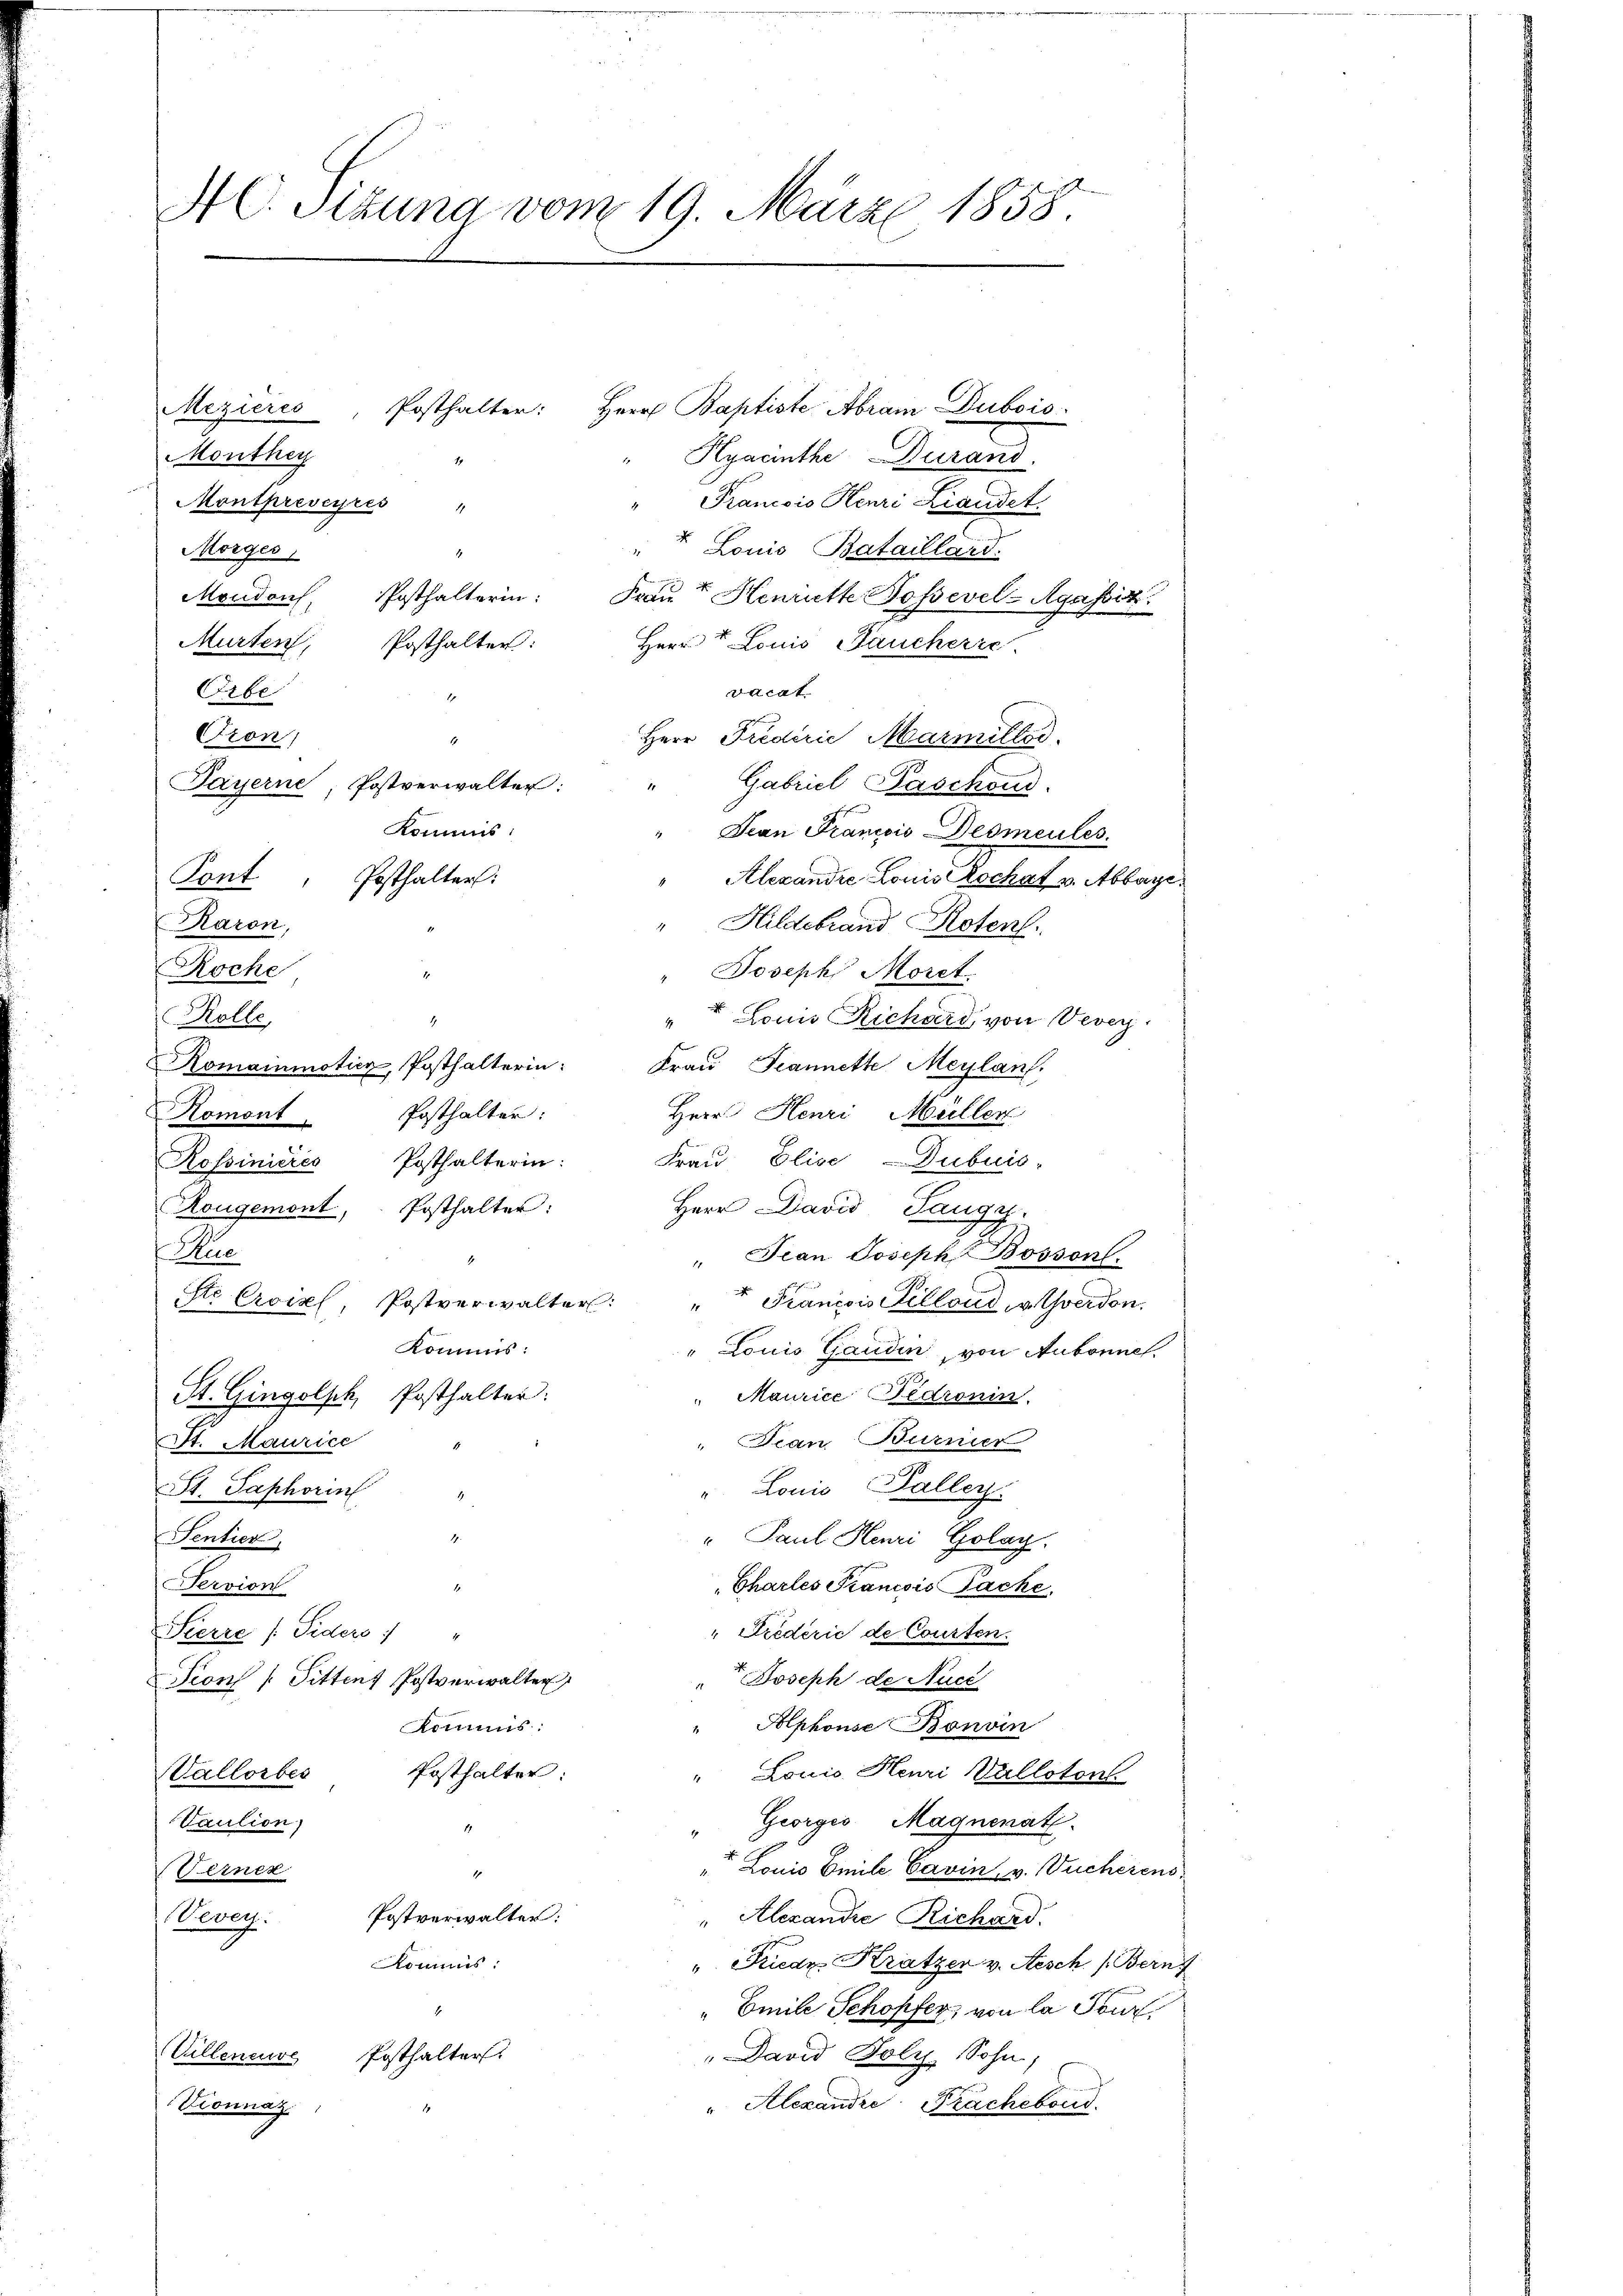
AC. Sitzung vom 19. März 1858.

Mezieres
Posthalter: Herr Baptiste Abram Dubois
Monthey
Hyrinthe Decand.
" Francois Henri Landet.
Morges
4. Louis Bataillard.
Frau? Heurütte Bosevel-Agassik.
Herr Louis Faucherre
vacat.
Joseph Moret.
Louis Richard von Vevey.
Romainmotier, Posthalterin: Fraŭ Feannette Maylan
Herr Henri Müller
Frau Elise-Dubuis-
Herr David Taugy.
Sie
" Jean Joseph Bossonl.
Ste Croixl, Postverwalter: " " Francois Stillons, v. Yverdon.
Kommis.
" Louis Gaudin, von Aubonne.
St. Gingolsch, Posthalter:
Maurice Bedronin.
 Dran Burner
St. Maurice
Louis Baller.
St. Saphorin
1.
Sentier,
" Paul Henri Golay.
Servion
Chartes Francois Pache.
"Siederić de Courten.
Sierre (Fiders
Joseph de Nucc
Prons Sitten Postverwalter
Alphonse Bonvin
Kamins:
Posthalter
" Louis Henri Vallotont
Vallorbes
Georges Magnenat
Vaulion)
Louis Emile Cavin, v. Vucherens.
1
Seiner
Postverwalter:
eveg.
" Alexande Richard.
Kommis:
". Friedr. Krätzer v. Aesch. (Bern
d
" Emile Schopfer, von la Tour.
" David Poly, Sohn,
Villeneuve Posthalter.
" Alexandre Prachebend
Vionnaz.

Moudons Posthalterin:
Murten, Posthalter:
Orbe
12
Oron,
1
Payerne, Postverwalter:
Kommis:
Kont. Posthalter:
Karon,
Roche
Rolle
.
Posthalter:
Homont.
Rossinières Posthalterin:
Rougemont, Posthalter:

Montpreveyres "
1

Herr Predirie Marmillod
11
Gabriel Paschond.
" Jean Francois-Desmeules.
" Alexandre Louis Rochat v. Abbaye
" Hildebrand Roten.